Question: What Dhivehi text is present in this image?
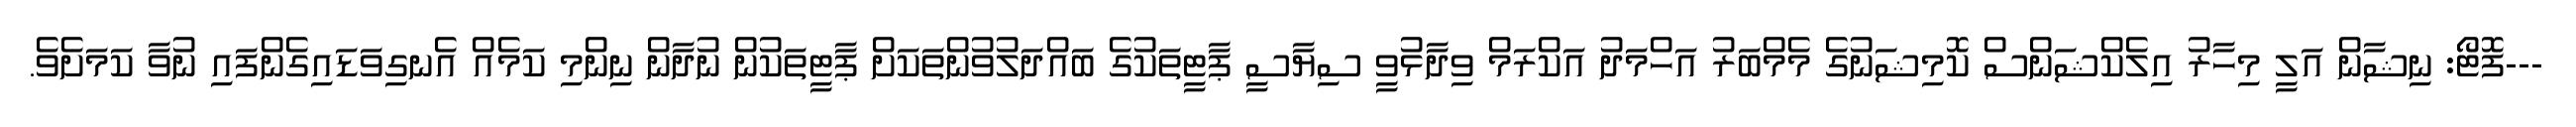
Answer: ---ފޮޓޯ: ނިޝާން އަލީ މިހާރު އިލެކްޝަންސް ކޮމިޝަނުގެ މެމްބަރު އަހްމަދު އަކްރަމް ވިދާޅުވީ ސިޔާސީ ޕާޓީތަކުގެ ބައްދަލުވުންތަކަށް ޕާޓީތަކުން ނުދާން ނިންމި ކަމެއް އެނގިވަޑައިގެންފައި ނުވާ ކަމަށެވެ.